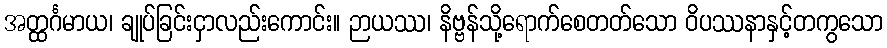
အတ္ထင်္ဂမာယ၊ ချုပ်ခြင်းငှာလည်းကောင်း။ ဉာယဿ၊ နိဗ္ဗန်သို့ရောက်စေတတ်သော ဝိပဿနာနှင့်တကွသော